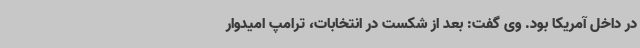
در داخل آمریکا بود. وی گفت: بعد از شکست در انتخابات، ترامپ امیدوار